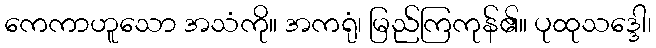
ကေကာဟူသော အသံကို။ အကရုံ၊ မြည်ကြကုန်၏။ ပုထုသဒ္ဒေါ၊